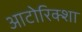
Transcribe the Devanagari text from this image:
आटोरिक्शा